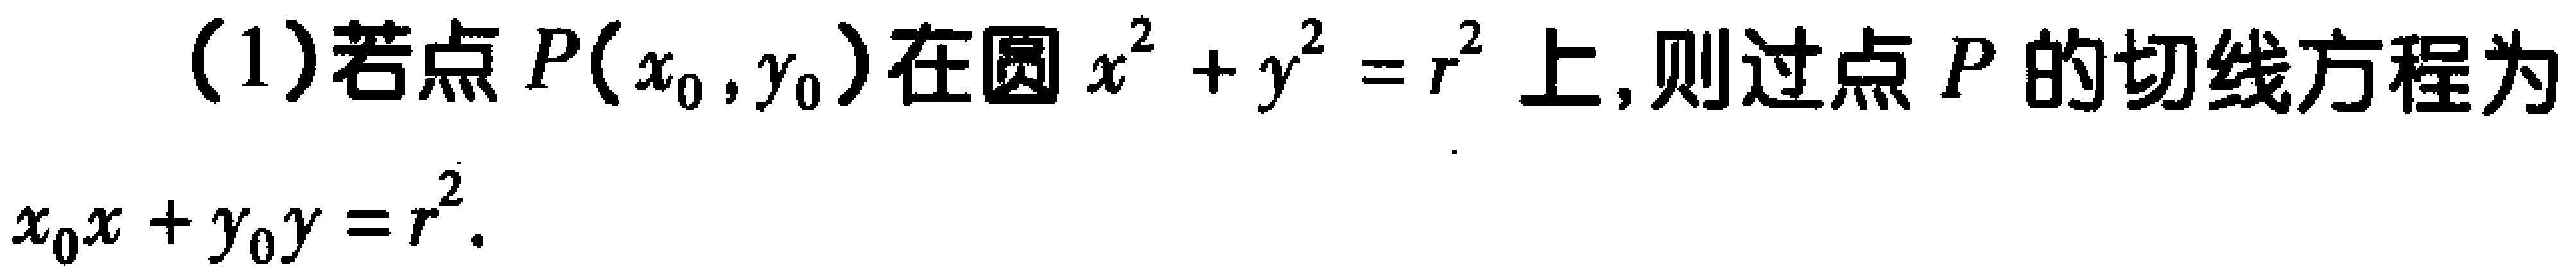
(1)若点\(P(x_{0},y_{0})\)在圆\(x^{2}+y^{2}=r^{2}\)上,则过点\(P\)的切线方程为\(x_{0}x + y_{0}y = r^{2}\).